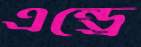
এন্ড্রে